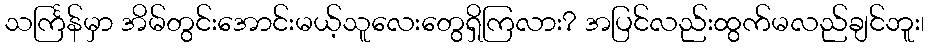
သင်္ကြန်မှာ အိမ်တွင်းအောင်းမယ့်သူလေးတွေရှိကြလား? အပြင်လည်းထွက်မလည်ချင်ဘူး၊